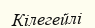
Кілегейлі